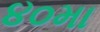
૪૦મા